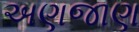
અણજાણ